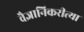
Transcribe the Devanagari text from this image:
वैज्ञानिकरीत्या